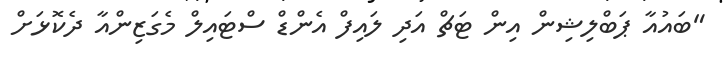
"ބައުއާ ޕަބްލިޝިން އިން ޓަޗް އަދި ލައިފް އެންޑް ސްޓައިލް މެގަޒިންއާ ދެކޮޅަށް